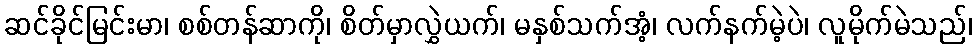
ဆင်ခိုင်မြင်းမာ၊ စစ်တန်ဆာကို၊ စိတ်မှာလွှဲယက်၊ မနှစ်သက်အံ့၊ လက်နက်မဲ့ပဲ၊ လူမိုက်မဲသည်၊